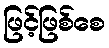
ဖြင့်ဖြစ်စေ